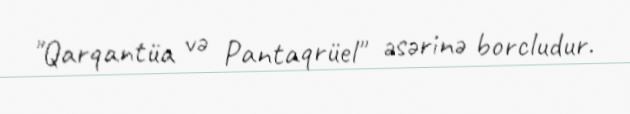
"Qarqantüa və Pantaqrüel" əsərinə borcludur.